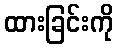
ထားခြင်းကို